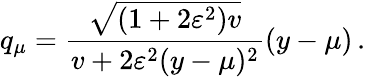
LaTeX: q_{\mu}=\frac{\sqrt{(1+2\varepsilon^{2})v}}{v+2\varepsilon^{2}(y-\mu)^{2}}(y-\mu)\, .